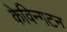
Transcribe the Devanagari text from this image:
केविन्गटन